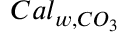
C a l _ { w , C O _ { 3 } }